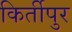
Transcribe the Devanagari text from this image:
किर्तीपुर